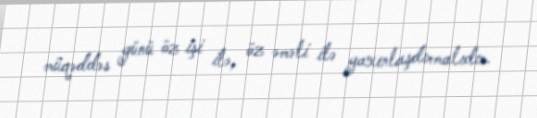
müqəddəs günü öz işi ilə, öz əməli ilə yaxınlaşdırmalıdır.